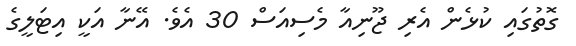
ގޮތުގައި ކުޅެން އެރި ޖޫނިއާ މެސިއަސް 30 އެވެ. އޭނާ އަކީ އިޓަލީގެ